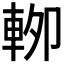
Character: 𰹏